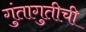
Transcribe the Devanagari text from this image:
गुंतागुतीची